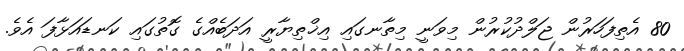
80 އެތިފަހަރުން ޖަލްދުކުރުން މިވަނީ މިތާނގައި އިޚްތިޔާރީ އަދަބެއްގެ ގޮތުގައި ކަނޑައަޅާފަ އެވެ.